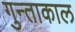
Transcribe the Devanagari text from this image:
गुन्ताकाल